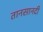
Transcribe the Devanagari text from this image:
तानसानदी